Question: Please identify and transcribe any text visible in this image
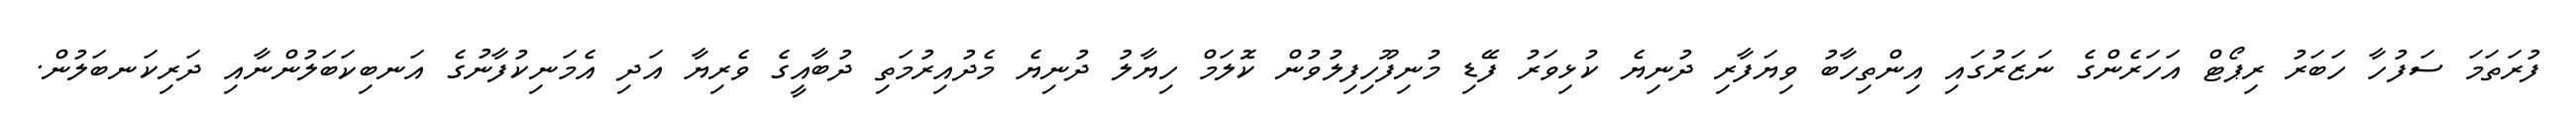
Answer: ފުރަތަމަ ސަފުހާ ހަބަރު ރިޕޯޓް އަހަރެންގެ ނަޒަރުގައި އިންތިހާބު ވިޔަފާރި ދުނިޔެ ކުޅިވަރު ފޭޑި މުނިފޫހިފިލުވުން ކޮލަމް ހިޔާލު ދުނިޔެ މެދުއިރުމަތި ދުބާއީގެ ވެރިޔާ އަދި އެމަނިކުފާނުގެ އަނބިކަބަލުންނާއި ދަރިކަނބަލުން.